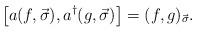
LaTeX: \begin{align*}\left[a(f, \vec{\sigma}), a^{\dagger}(g, \vec{\sigma})\right] =(f, g)_{\vec{\sigma}}.\end{align*}